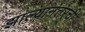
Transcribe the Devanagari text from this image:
झाल्यानंतरची